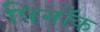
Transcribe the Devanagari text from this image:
पिनाँक